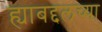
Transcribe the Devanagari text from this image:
ह्याबद्दलच्या